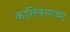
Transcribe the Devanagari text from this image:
कालिकणाच्या